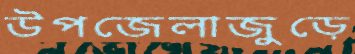
উপজেলাজুড়ে